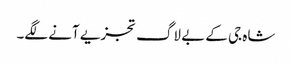
شاہ جی کے بے لاگ تجزیے آنے لگے۔